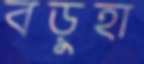
বড়ুহা